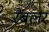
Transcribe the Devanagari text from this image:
रैंबलर